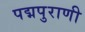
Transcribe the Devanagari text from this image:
पद्मपुराणी